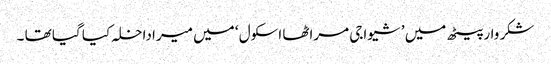
شکر وار پیٹھ میں ’ شیواجی مراٹھا اسکول ‘ میں میرا داخلہ کیا گیا تھا ۔